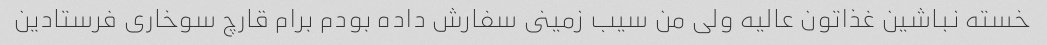
خسته نباشین غذاتون عالیه ولى من سیب زمینى سفارش داده بودم برام قارچ سوخارى فرستادین